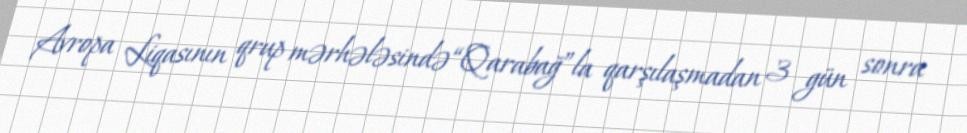
Avropa Liqasının qrup mərhələsində “Qarabağ”la qarşılaşmadan 3 gün sonra